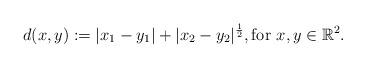
LaTeX: \begin{align*}d(x,y) := |x_1 - y_1 | + |x_2 - y_2|^{\frac{1}{2}}, \mbox{for } x,y \in \mathbb{R}^2.\end{align*}